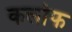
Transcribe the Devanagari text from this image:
कर्लोफ